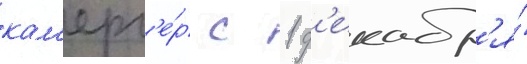
кам'ерг'е́р с 1 д'екабр'я́